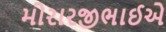
મોરારજીભાઈએ